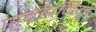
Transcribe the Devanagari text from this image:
सुब्रह्मनिया